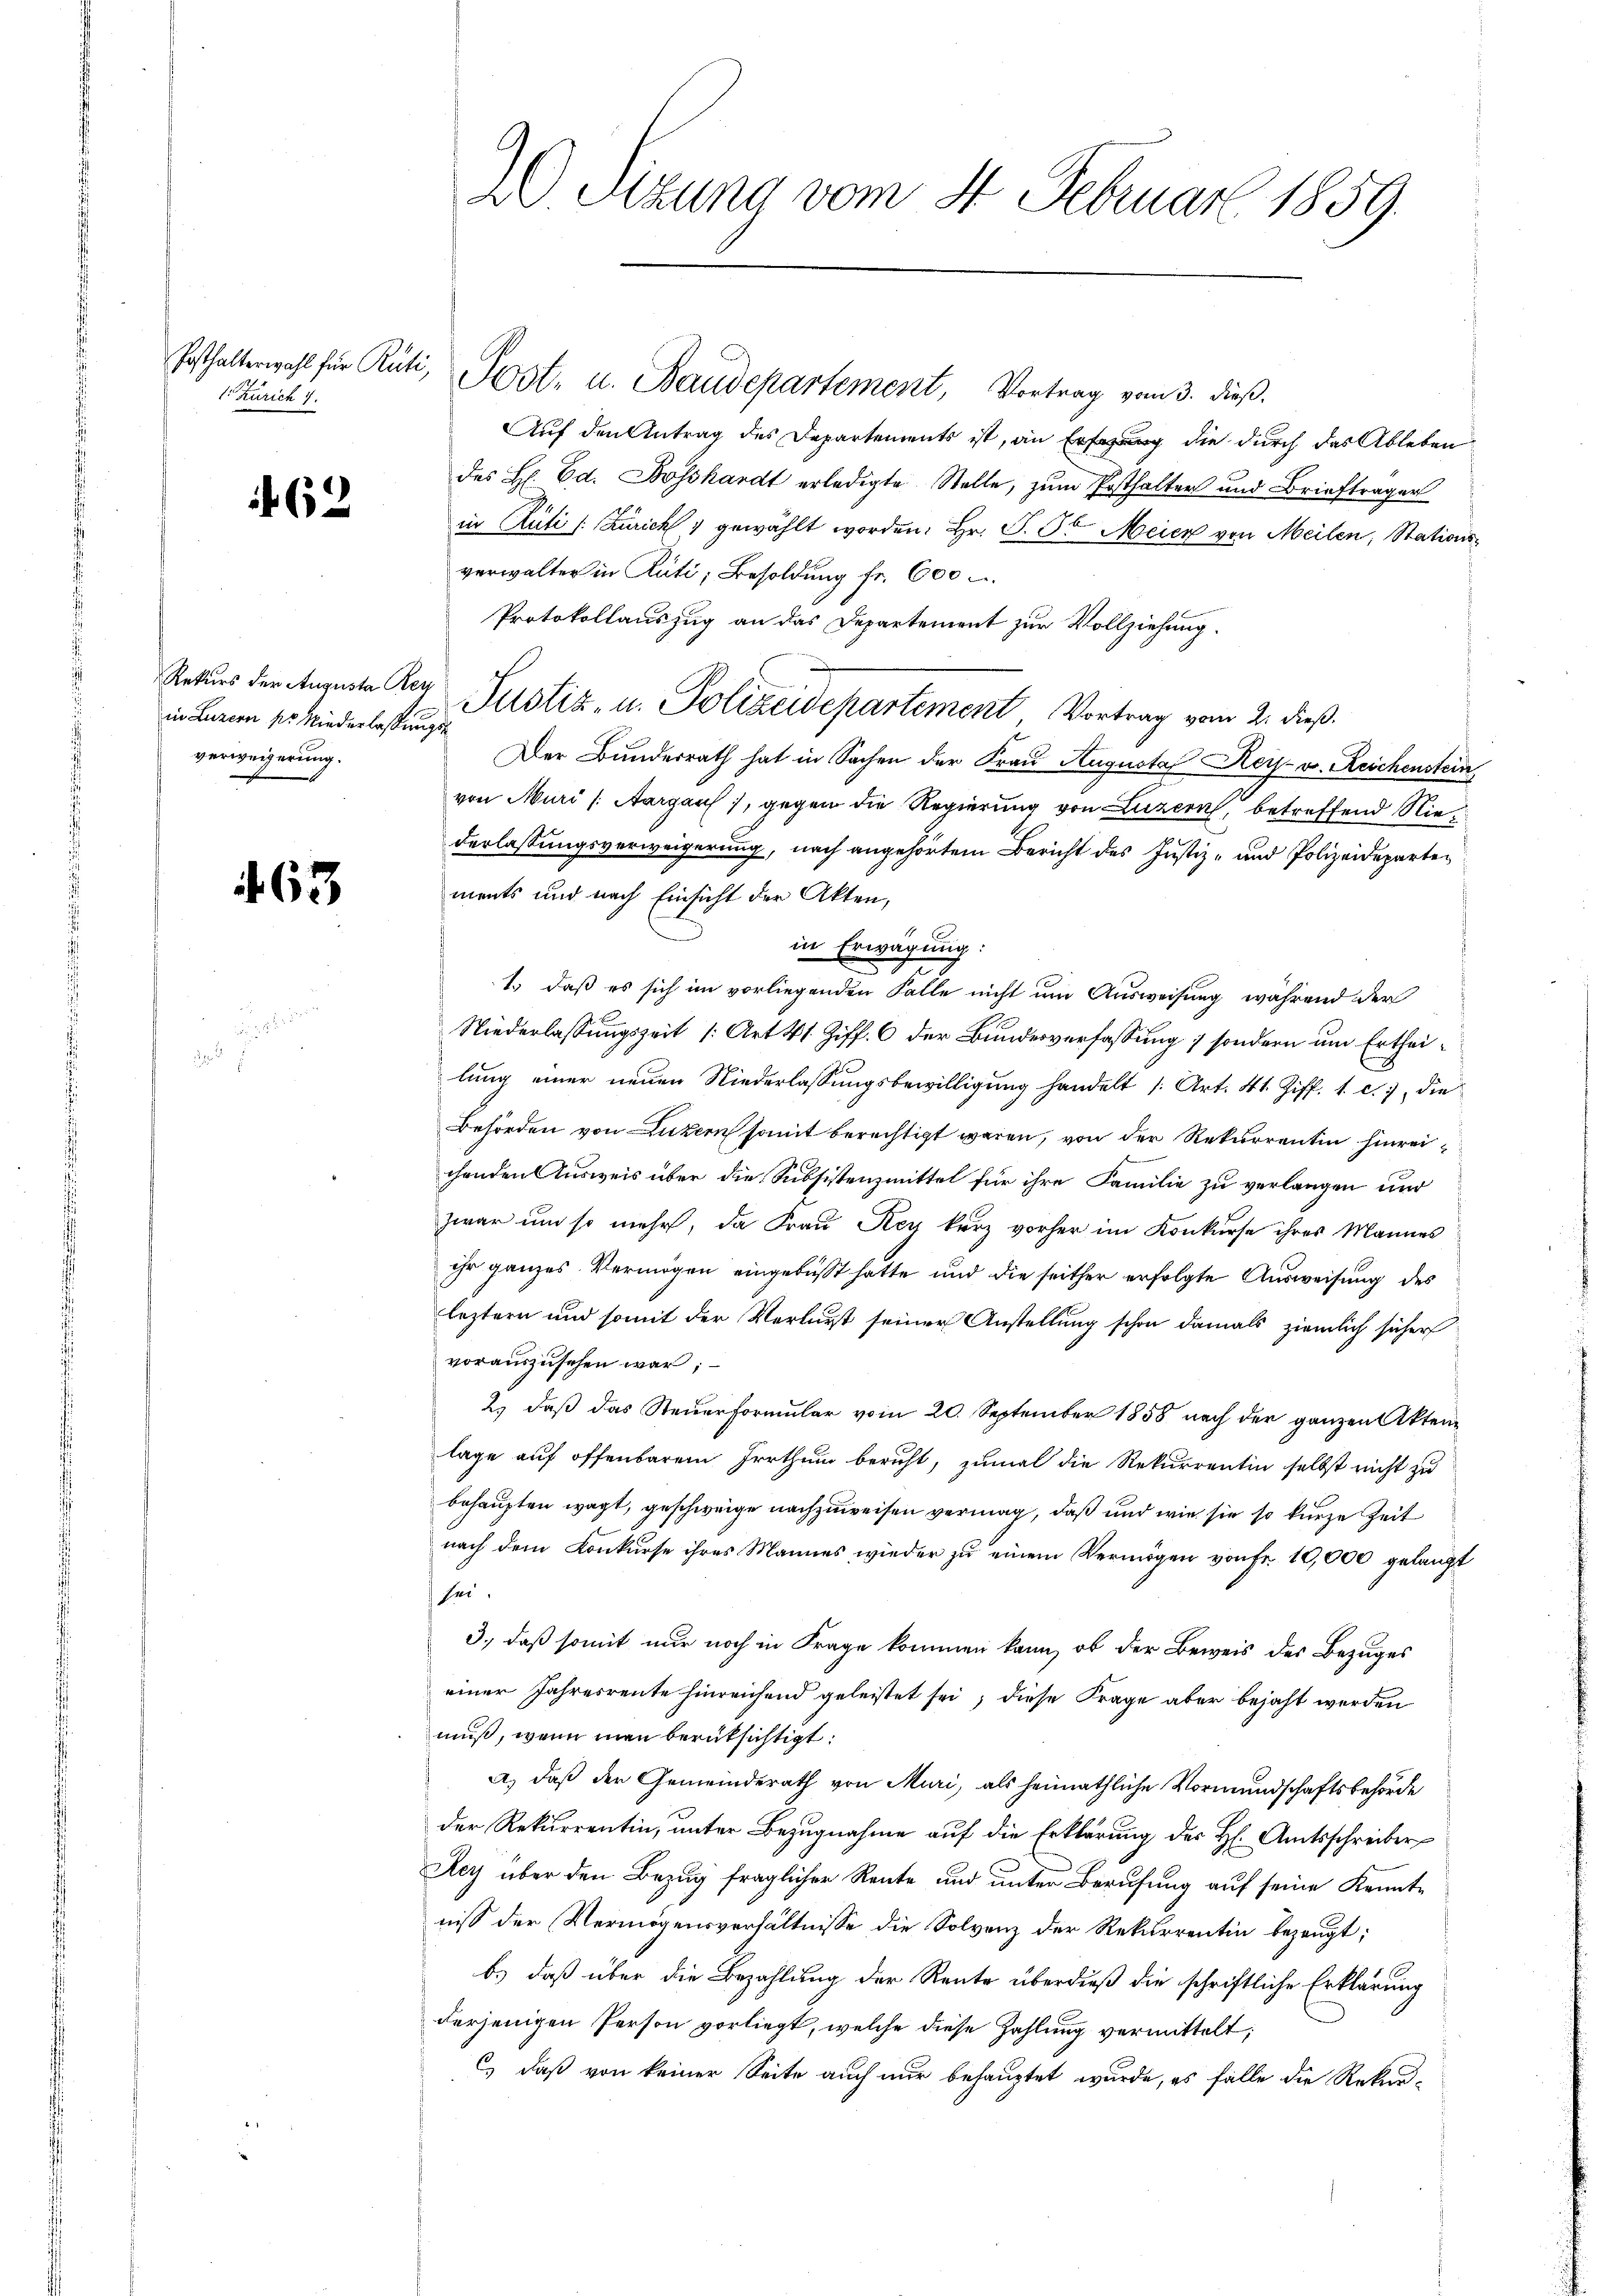
Zürich 7.

462

in Luzern pr. Niederlassungsverweigerung.

463

20 Sizung vom 4. Februar 1859.

Auf den Antrag des Departements ist, an Erfung die durch das Ableben
des H. Ed. Bosshardt erledigte Stelle, zum Posthalter und Briefträger
in Rüti /: Zürich 1 gewählt worden. Hr. S. St. Meier von Meilen, Stationsverwalter in Rüti, Besoldung fr. 600
Protokollauszug an das Departement zur Vollziehung.
Rekurs der Auguste Reg Justiz- u. Polizeidepartement Vortrag vom 2. dieß.
Der Bundesrath hat in Sachen der Frau Augustaf Keise v. Reichenstein
von Muri (Aargau), gegen die Regierung von Luzern, betreffend Niederlassungsverweigerung, nach angehörtem Bericht des Justiz- und Polizeidepartements und nach Einsicht der Akten,
s
in Erwägung:
1.) daß es sich im vorliegenden Falle nicht um Ausweisung, während der
Niederlassungszeit (Art. 41 Ziff. 6 der Bundesverfassung ; sondern um Ertheilung einer neuen Niederlassungsbewilligung handelt /: Art. 41. Ziff. 1. c., die
Behörden von Luzern somit berechtigt waren, von der Rekurrentin hinreichenden Ausweis über die Subsistenzmittel für ihre Familie zu verlangen und
zwar um so mehr, da Frau Rey kurz vorher im Konkurse ihres Mannes
ihr ganzes Vermögen eingebüsst hatte und die seither erfolgte Ausweisung des
leztern und somit der Verlurst seiner Anstellung schon damals ziemlich sicher
vorauszusehen war;
2.) daß das Steuerformular vom 20. September 1858 nach der ganzen Akten
lage auf offenbarem Irrthum beruht, zumal die Rekurrentin selbst nicht zu
behaupten wagt, geschweige nachzuweisen vermag, daß und wie sie so kurze Zeit
nach dem Konkurse ihres Mannes wieder zu einem Vermögen von Fr. 10,000 gelangt
sei.
3., daß somit nur noch in Frage kommen kann, ob der Beweis des Bezuges
einer Jahresreute hinreichend geleistet sei, diese Frage aber bejaht werden
muß, wenn man berüksichtigt:
A.) daß der Gemeinderath von Muri, als heimathliche Vormundschaftsbehörde
der Rekurrentin, unter Bezugnahme auf die Erklärung der H. Amtsschreiber
Rey über den Bezug fraglicher Rente und unter Berufung auf seine Kenntniß der Vermögensverhältnisse die Solvenz der Rekurrentin bezeugt;
b.) daß über die Bezahlung der Rente überdieß die schriftliche Erklärung
derjenigen Person vorliegt, welche diese Zahlung vermittelt;
c) daß von keiner Seite auch nur behauptet wurde, es fälle die Rekur¬

Posthalterwahl für Rüti, Post- u. Baudepartement, Vortrag vom 3. dieß.